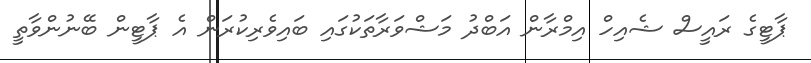
ޕާޓީގެ ރައީސް ޝެއިހް އިމްރާން އަބްދު މަޝްވަރާތަކުގައި ބައިވެރިކުރަން އެ ޕާޓީން ބޭނުންވާތީ